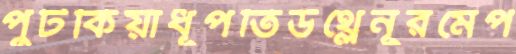
পুটকিয়াধূপতিউথ্‌লেনূরমেপ